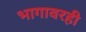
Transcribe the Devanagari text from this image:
भागावरही